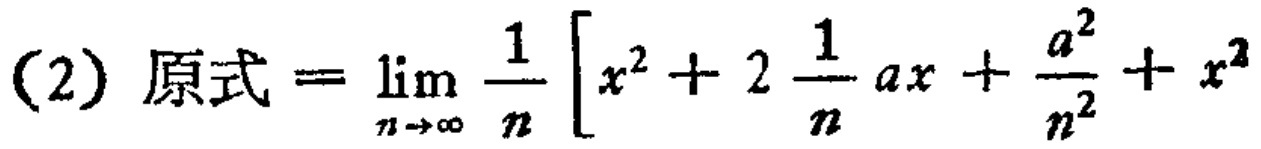
(2) 原式\(=\lim_{n \to \infty} \frac{1}{n} \left[ x^{2}+2\frac{1}{n}ax+\frac{a^{2}}{n^{2}}+x^{2}\right]\)